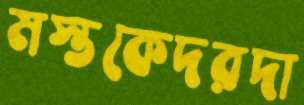
মস্তকেদরদা